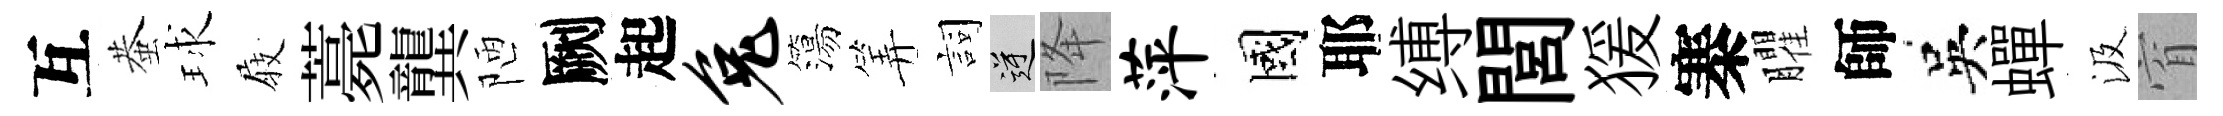
互蛬球𡲆薧龔陋劂起兔簜筭詞逆降萍國耶缚閭猨寨臞師吳蟬汲窅